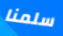
سلمنا